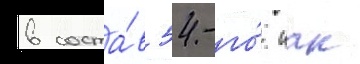
в соста́в 54-го́ иак